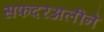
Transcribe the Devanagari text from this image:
सफदरअलीने